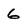
Character: 6